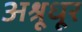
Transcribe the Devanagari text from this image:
अश्रूधूर